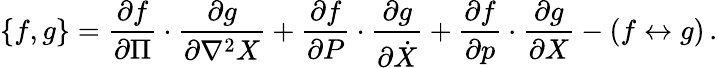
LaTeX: \{ f,g\} ={\frac{\partial f}{\partial\Pi}}\cdot{\frac{\partial g}{\partial\nabla^{2}X}}+{\frac{\partial f}{\partial P}}\cdot{\frac{\partial g}{\partial\dot{X}}}+{\frac{\partial f}{\partial p}}\cdot{\frac{\partial g}{\partial X}}-(f\leftrightarrow g)\, .